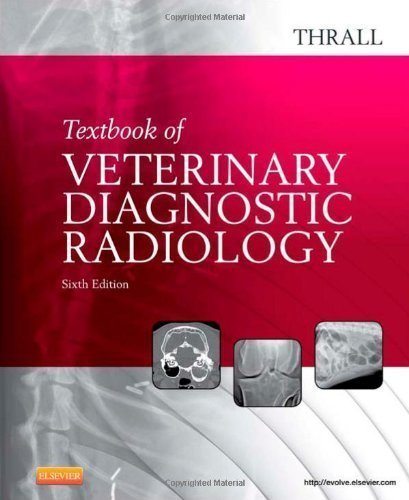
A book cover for Textbook of Veterinary Diagnostic Radiology, 6e 6th (sixth) Edition by Thrall DVM PhD DACVR, Donald E. [2012]; Medical Books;